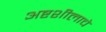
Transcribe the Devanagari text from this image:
अष्टशीलाचे